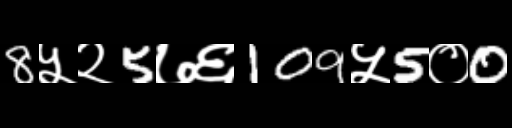
Text: 8५२5७६109५5०0